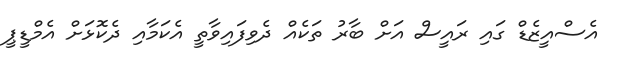
އެސްއީޒެޑް ގައި ރައީސް އަށް ބާރު ތަކެއް ދެވިފައިވާތީ އެކަމާއި ދެކޮޅަށް އެމްޑީޕީ